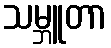
သမ္ဘူတာ